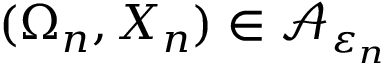
( \Omega _ { n } , X _ { n } ) \in \mathcal A _ { \varepsilon _ { n } }